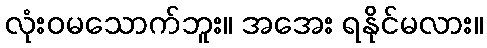
လုံးဝမသောက်ဘူး။ အအေး ရနိုင်မလား။